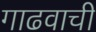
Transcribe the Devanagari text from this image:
गाढवाची